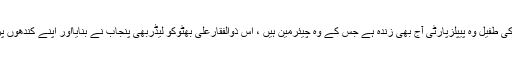
بلاول زرداری کوعلم ہوناچاہیے کہ جس شخص کی قبرکی طفیل وہ پیپلزپارٹی آج بھی زندہ ہے جس کے وہ چیئرمین ہیں ، اُس ذوالفقارعلی بھٹوکو لیڈربھی پنجاب نے بنایااور اپنے کندھوں پربٹھاکر مسندِ اقتدارتک پہنچانے والابھی پنجاب ہی تھا ۔